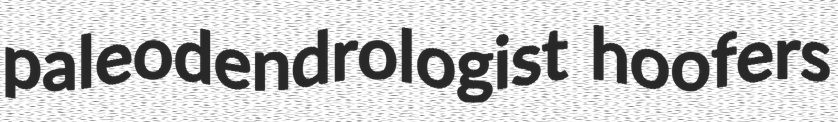
paleodendrologist hoofers